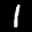
Label: 1